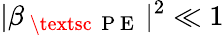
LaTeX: |\beta_{\mathrm{~\textsc~{~P~E~}~}}|^{2}\ll 1